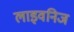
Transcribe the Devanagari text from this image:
लाइवनिज